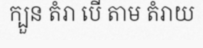
ក្បួន តំរា បើ តាម តំរាយ